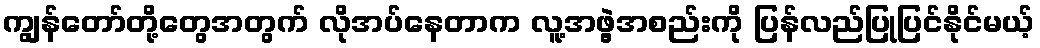
ကျွန်တော်တို့တွေအတွက် လိုအပ်နေတာက လူ့အဖွဲ့အစည်းကို ပြန်လည်ပြုပြင်နိုင်မယ့်